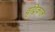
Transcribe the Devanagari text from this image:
वृद्विकाल